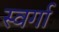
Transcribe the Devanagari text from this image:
स्वर्गा